Leningradi_Edasi_toimetus, lk 71
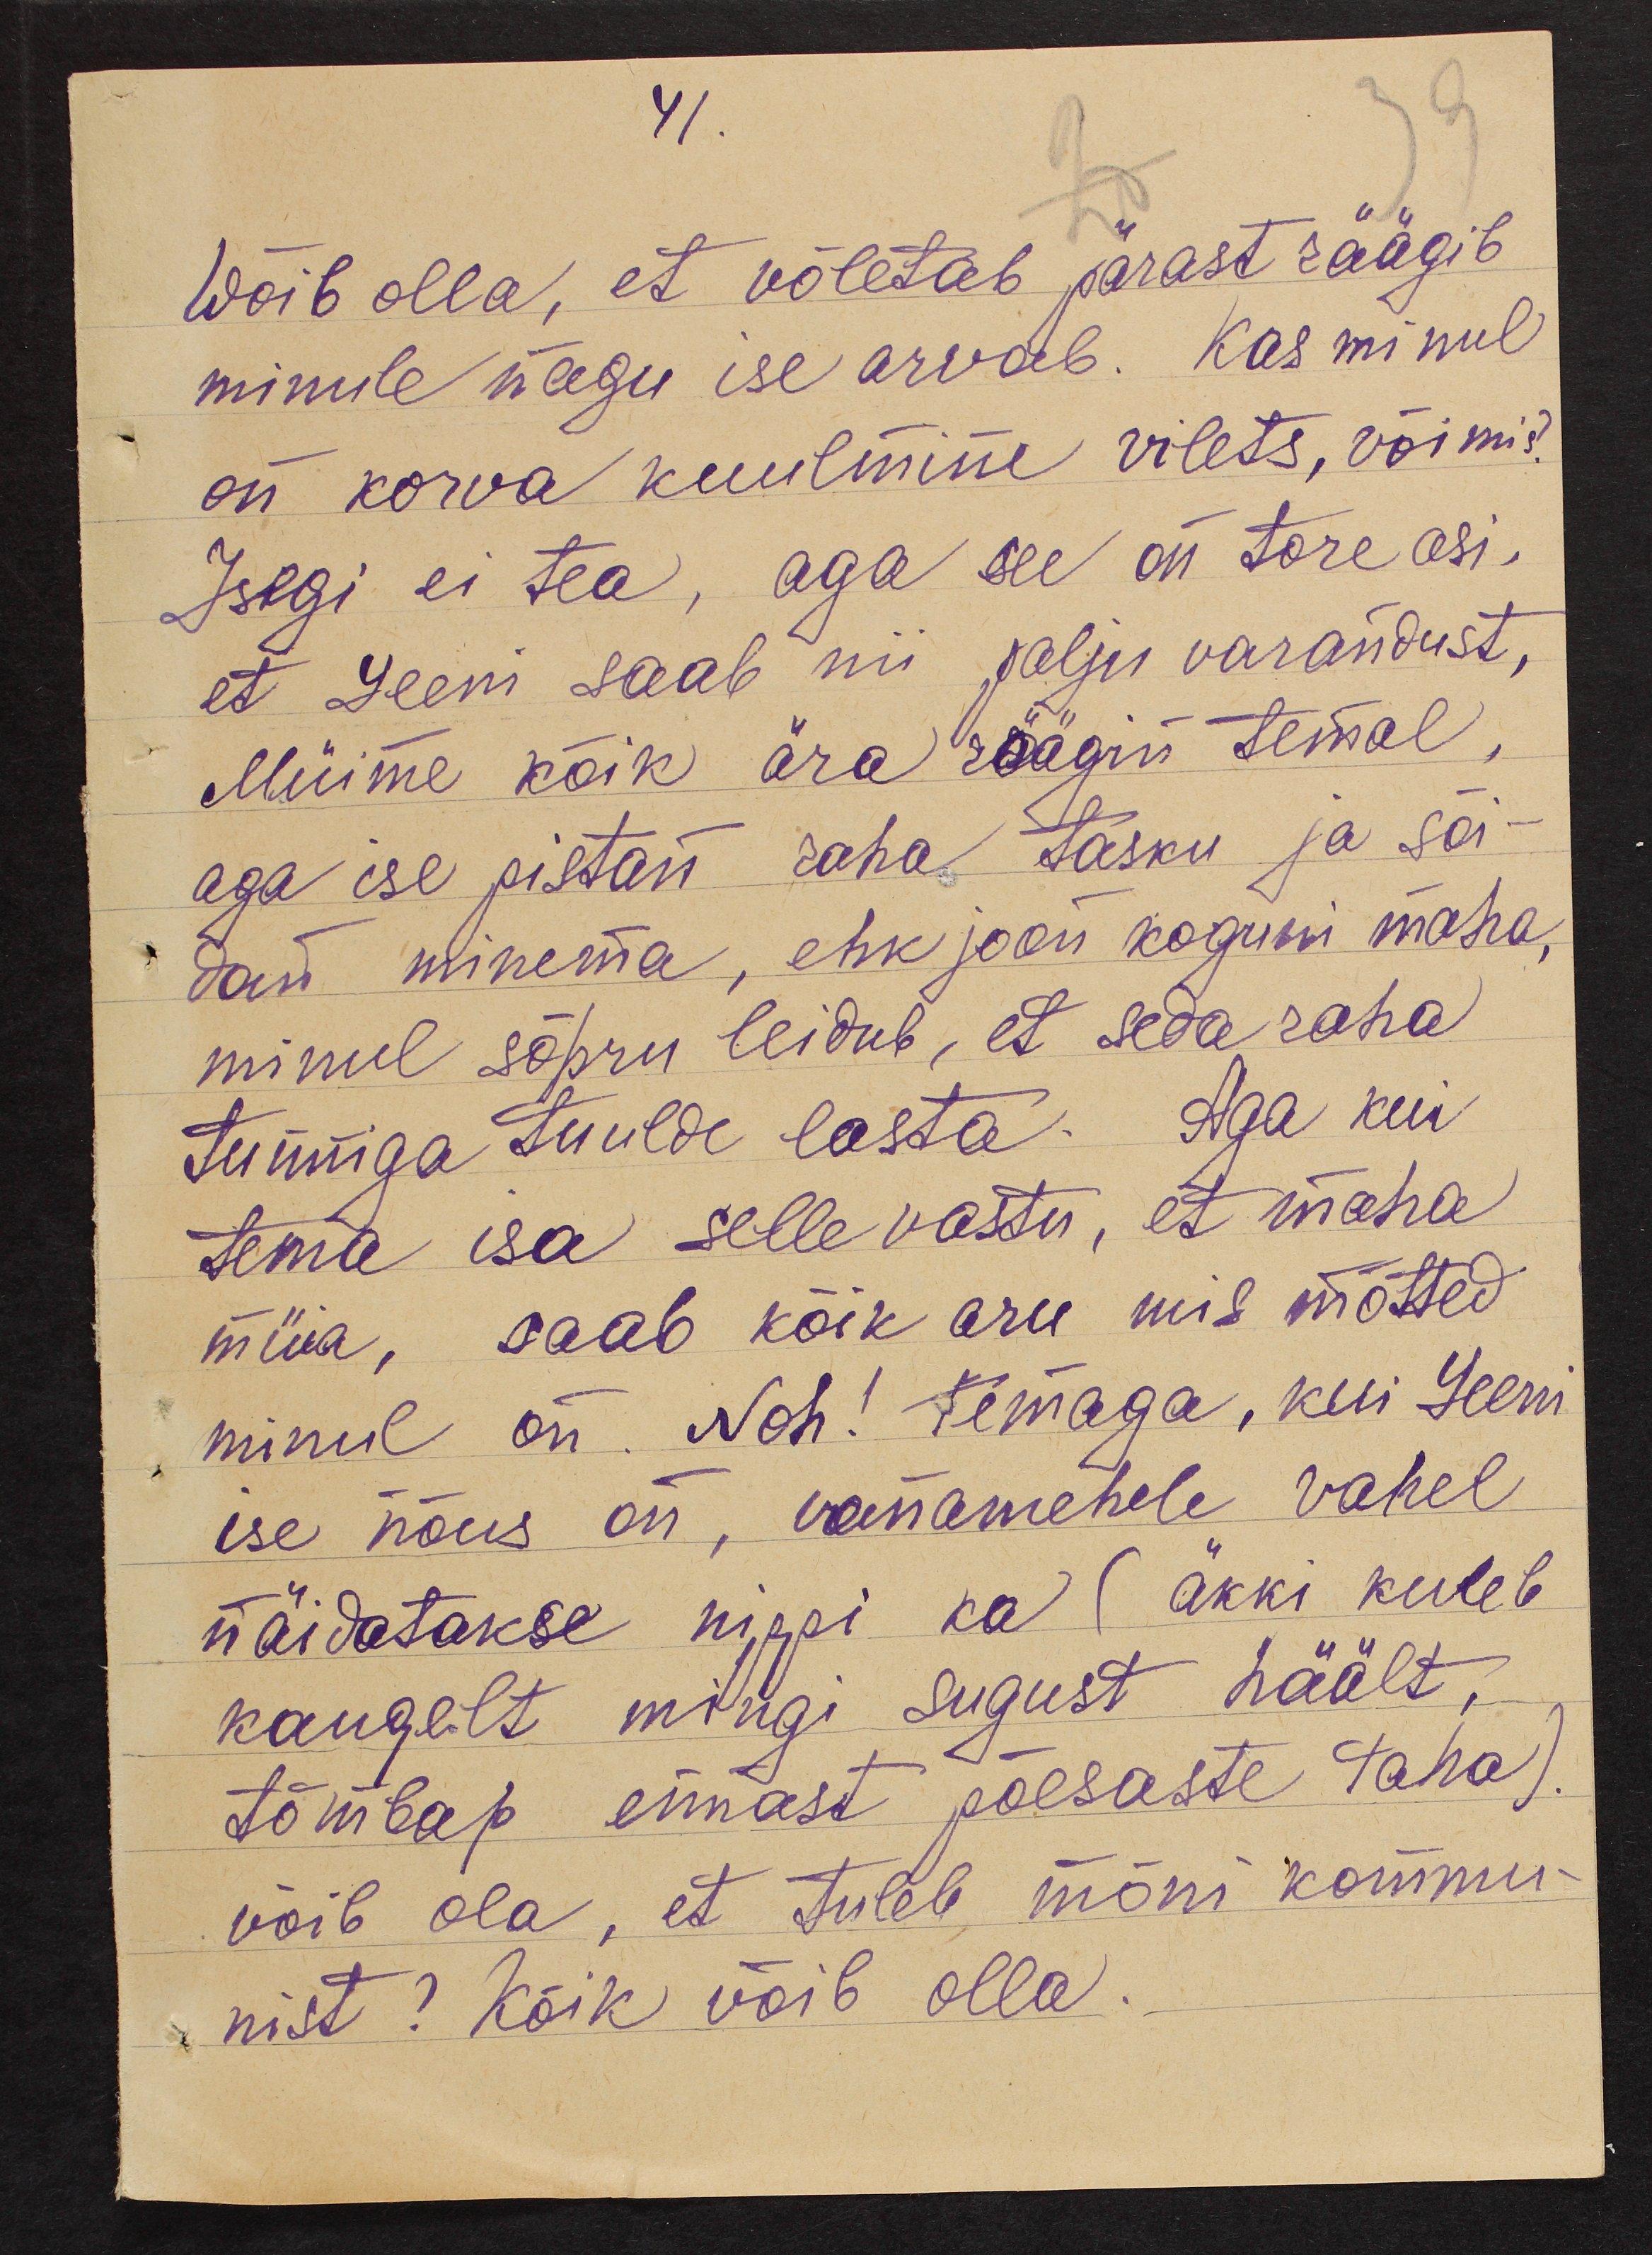
41.

Wõib olla, et võletab pärast räägib
minule nagu ise arvab. Kas minul
on korva kuulmine vilets, või mis?
Isegi ei tea, aga see on tore asi,
et Leeni saab nii palju varandust,
Müime kõik ära räägin temal,
aga ise pistan raha tasku ja sõi-
dan minema, ehk joon koguni maha,
minul sõpru leidub, et seda raha
tunniga tuulde lasta. Aga kui
tema isa selle vastu, et maha
müia, saab kõik aru mis mõtted
minul on. Noh! temaga, kui Leeni
ise nõus on, vanamehele vahel
näidatakse nippi ka (äkki kuleb
kaugelt mingi sugust häält,
tõmbap ennast põesaste taha).
võib ola, et tuleb mõni kommu-
nist? Kõik võib olla.